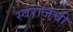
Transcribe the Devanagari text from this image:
स्वराजची